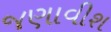
જણાવીશ